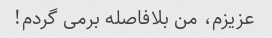
عزیزم، من بلافاصله برمی گردم!